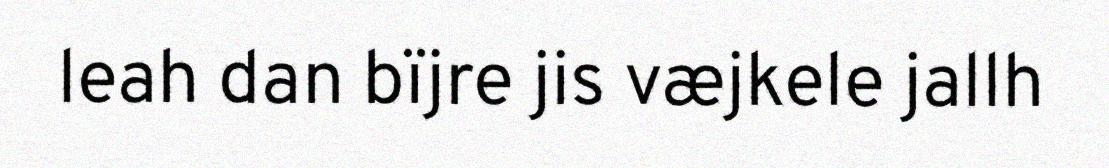
leah dan bïjre jis væjkele jallh